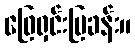
ဖြေရှင်းပြခန်း။